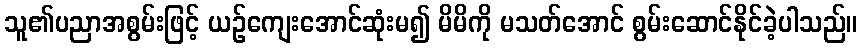
သူ၏ပညာအစွမ်းဖြင့် ယဉ်ကျေးအောင်ဆုံးမ၍ မိမိကို မသတ်အောင် စွမ်းဆောင်နိုင်ခဲ့ပါသည်။